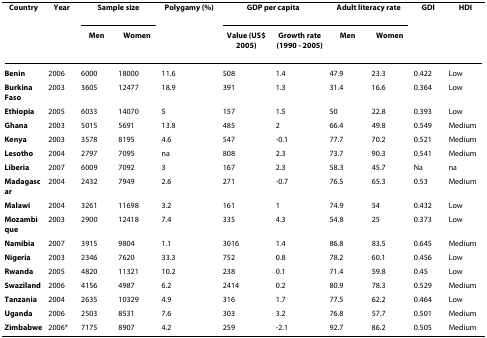
<table><thead><tr><td><b>Country</b></td><td><b>Year</b></td><td colspan="2"><b>Sample size</b></td><td><b>Polygamy (%)</b></td><td colspan="2"><b>GDP per capita</b></td><td colspan="2"><b>Adult literacy rate</b></td><td><b>GDI</b></td><td><b>HDI</b></td></tr><tr><td></td><td></td><td><b>Men</b></td><td><b>Women</b></td><td></td><td><b>Value (US$ 2005)</b></td><td><b>Growth rate (1990 - 2005)</b></td><td><b>Men</b></td><td><b>Women</b></td><td></td><td></td></tr></thead><tbody><tr><td><b>Benin</b></td><td>2006</td><td>6000</td><td>18000</td><td>11.6</td><td>508</td><td>1.4</td><td>47.9</td><td>23.3</td><td>0.422</td><td>Low</td></tr><tr><td><b>Burkina Faso</b></td><td>2003</td><td>3605</td><td>12477</td><td>18.9</td><td>391</td><td>1.3</td><td>31.4</td><td>16.6</td><td>0.364</td><td>Low</td></tr><tr><td><b>Ethiopia</b></td><td>2005</td><td>6033</td><td>14070</td><td>5</td><td>157</td><td>1.5</td><td>50</td><td>22.8</td><td>0.393</td><td>Low</td></tr><tr><td><b>Ghana</b></td><td>2003</td><td>5015</td><td>5691</td><td>13.8</td><td>485</td><td>2</td><td>66.4</td><td>49.8</td><td>0.549</td><td>Medium</td></tr><tr><td><b>Kenya</b></td><td>2003</td><td>3578</td><td>8195</td><td>4.6</td><td>547</td><td>-0.1</td><td>77.7</td><td>70.2</td><td>0.521</td><td>Medium</td></tr><tr><td><b>Lesotho</b></td><td>2004</td><td>2797</td><td>7095</td><td>na</td><td>808</td><td>2.3</td><td>73.7</td><td>90.3</td><td>0.541</td><td>Medium</td></tr><tr><td><b>Liberia</b></td><td>2007</td><td>6009</td><td>7092</td><td>3</td><td>167</td><td>2.3</td><td>58.3</td><td>45.7</td><td>Na</td><td>na</td></tr><tr><td><b>Madagascar</b></td><td>2004</td><td>2432</td><td>7949</td><td>2.6</td><td>271</td><td>-0.7</td><td>76.5</td><td>65.3</td><td>0.53</td><td>Medium</td></tr><tr><td><b>Malawi</b></td><td>2004</td><td>3261</td><td>11698</td><td>3.2</td><td>161</td><td>1</td><td>74.9</td><td>54</td><td>0.432</td><td>Low</td></tr><tr><td><b>Mozambique</b></td><td>2003</td><td>2900</td><td>12418</td><td>7.4</td><td>335</td><td>4.3</td><td>54.8</td><td>25</td><td>0.373</td><td>Low</td></tr><tr><td><b>Namibia</b></td><td>2007</td><td>3915</td><td>9804</td><td>1.1</td><td>3016</td><td>1.4</td><td>86.8</td><td>83.5</td><td>0.645</td><td>Medium</td></tr><tr><td><b>Nigeria</b></td><td>2003</td><td>2346</td><td>7620</td><td>33.3</td><td>752</td><td>0.8</td><td>78.2</td><td>60.1</td><td>0.456</td><td>Low</td></tr><tr><td><b>Rwanda</b></td><td>2005</td><td>4820</td><td>11321</td><td>10.2</td><td>238</td><td>0.1</td><td>71.4</td><td>59.8</td><td>0.45</td><td>Low</td></tr><tr><td><b>Swaziland</b></td><td>2006</td><td>4156</td><td>4987</td><td>6.2</td><td>2414</td><td>0.2</td><td>80.9</td><td>78.3</td><td>0.529</td><td>Medium</td></tr><tr><td><b>Tanzania</b></td><td>2004</td><td>2635</td><td>10329</td><td>4.9</td><td>316</td><td>1.7</td><td>77.5</td><td>62.2</td><td>0.464</td><td>Low</td></tr><tr><td><b>Uganda</b></td><td>2006</td><td>2503</td><td>8531</td><td>7.6</td><td>303</td><td>3.2</td><td>76.8</td><td>57.7</td><td>0.501</td><td>Medium</td></tr><tr><td><b>Zimbabwe</b></td><td>2006*</td><td>7175</td><td>8907</td><td>4.2</td><td>259</td><td>-2.1</td><td>92.7</td><td>86.2</td><td>0.505</td><td>Medium</td></tr></tbody></table>